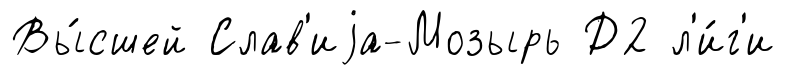
Вы́сшей Слав'иjа-Мозырь Д2 л'и́г'и